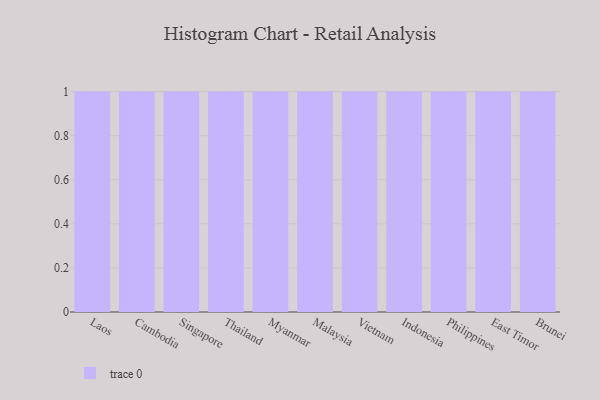
{"axis": {"x": "Country", "y": "Demand Index"}, "legend": [""], "data": [{"x": "Laos", "y": 75, "type": ""}, {"x": "Cambodia", "y": 6, "type": ""}, {"x": "Singapore", "y": 43, "type": ""}, {"x": "Thailand", "y": 38, "type": ""}, {"x": "Myanmar", "y": 14, "type": ""}, {"x": "Malaysia", "y": 48, "type": ""}, {"x": "Vietnam", "y": 97, "type": ""}, {"x": "Indonesia", "y": 11, "type": ""}, {"x": "Philippines", "y": 63, "type": ""}, {"x": "East Timor", "y": 16, "type": ""}, {"x": "Brunei", "y": 69, "type": ""}]}